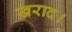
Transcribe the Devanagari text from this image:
खराद।